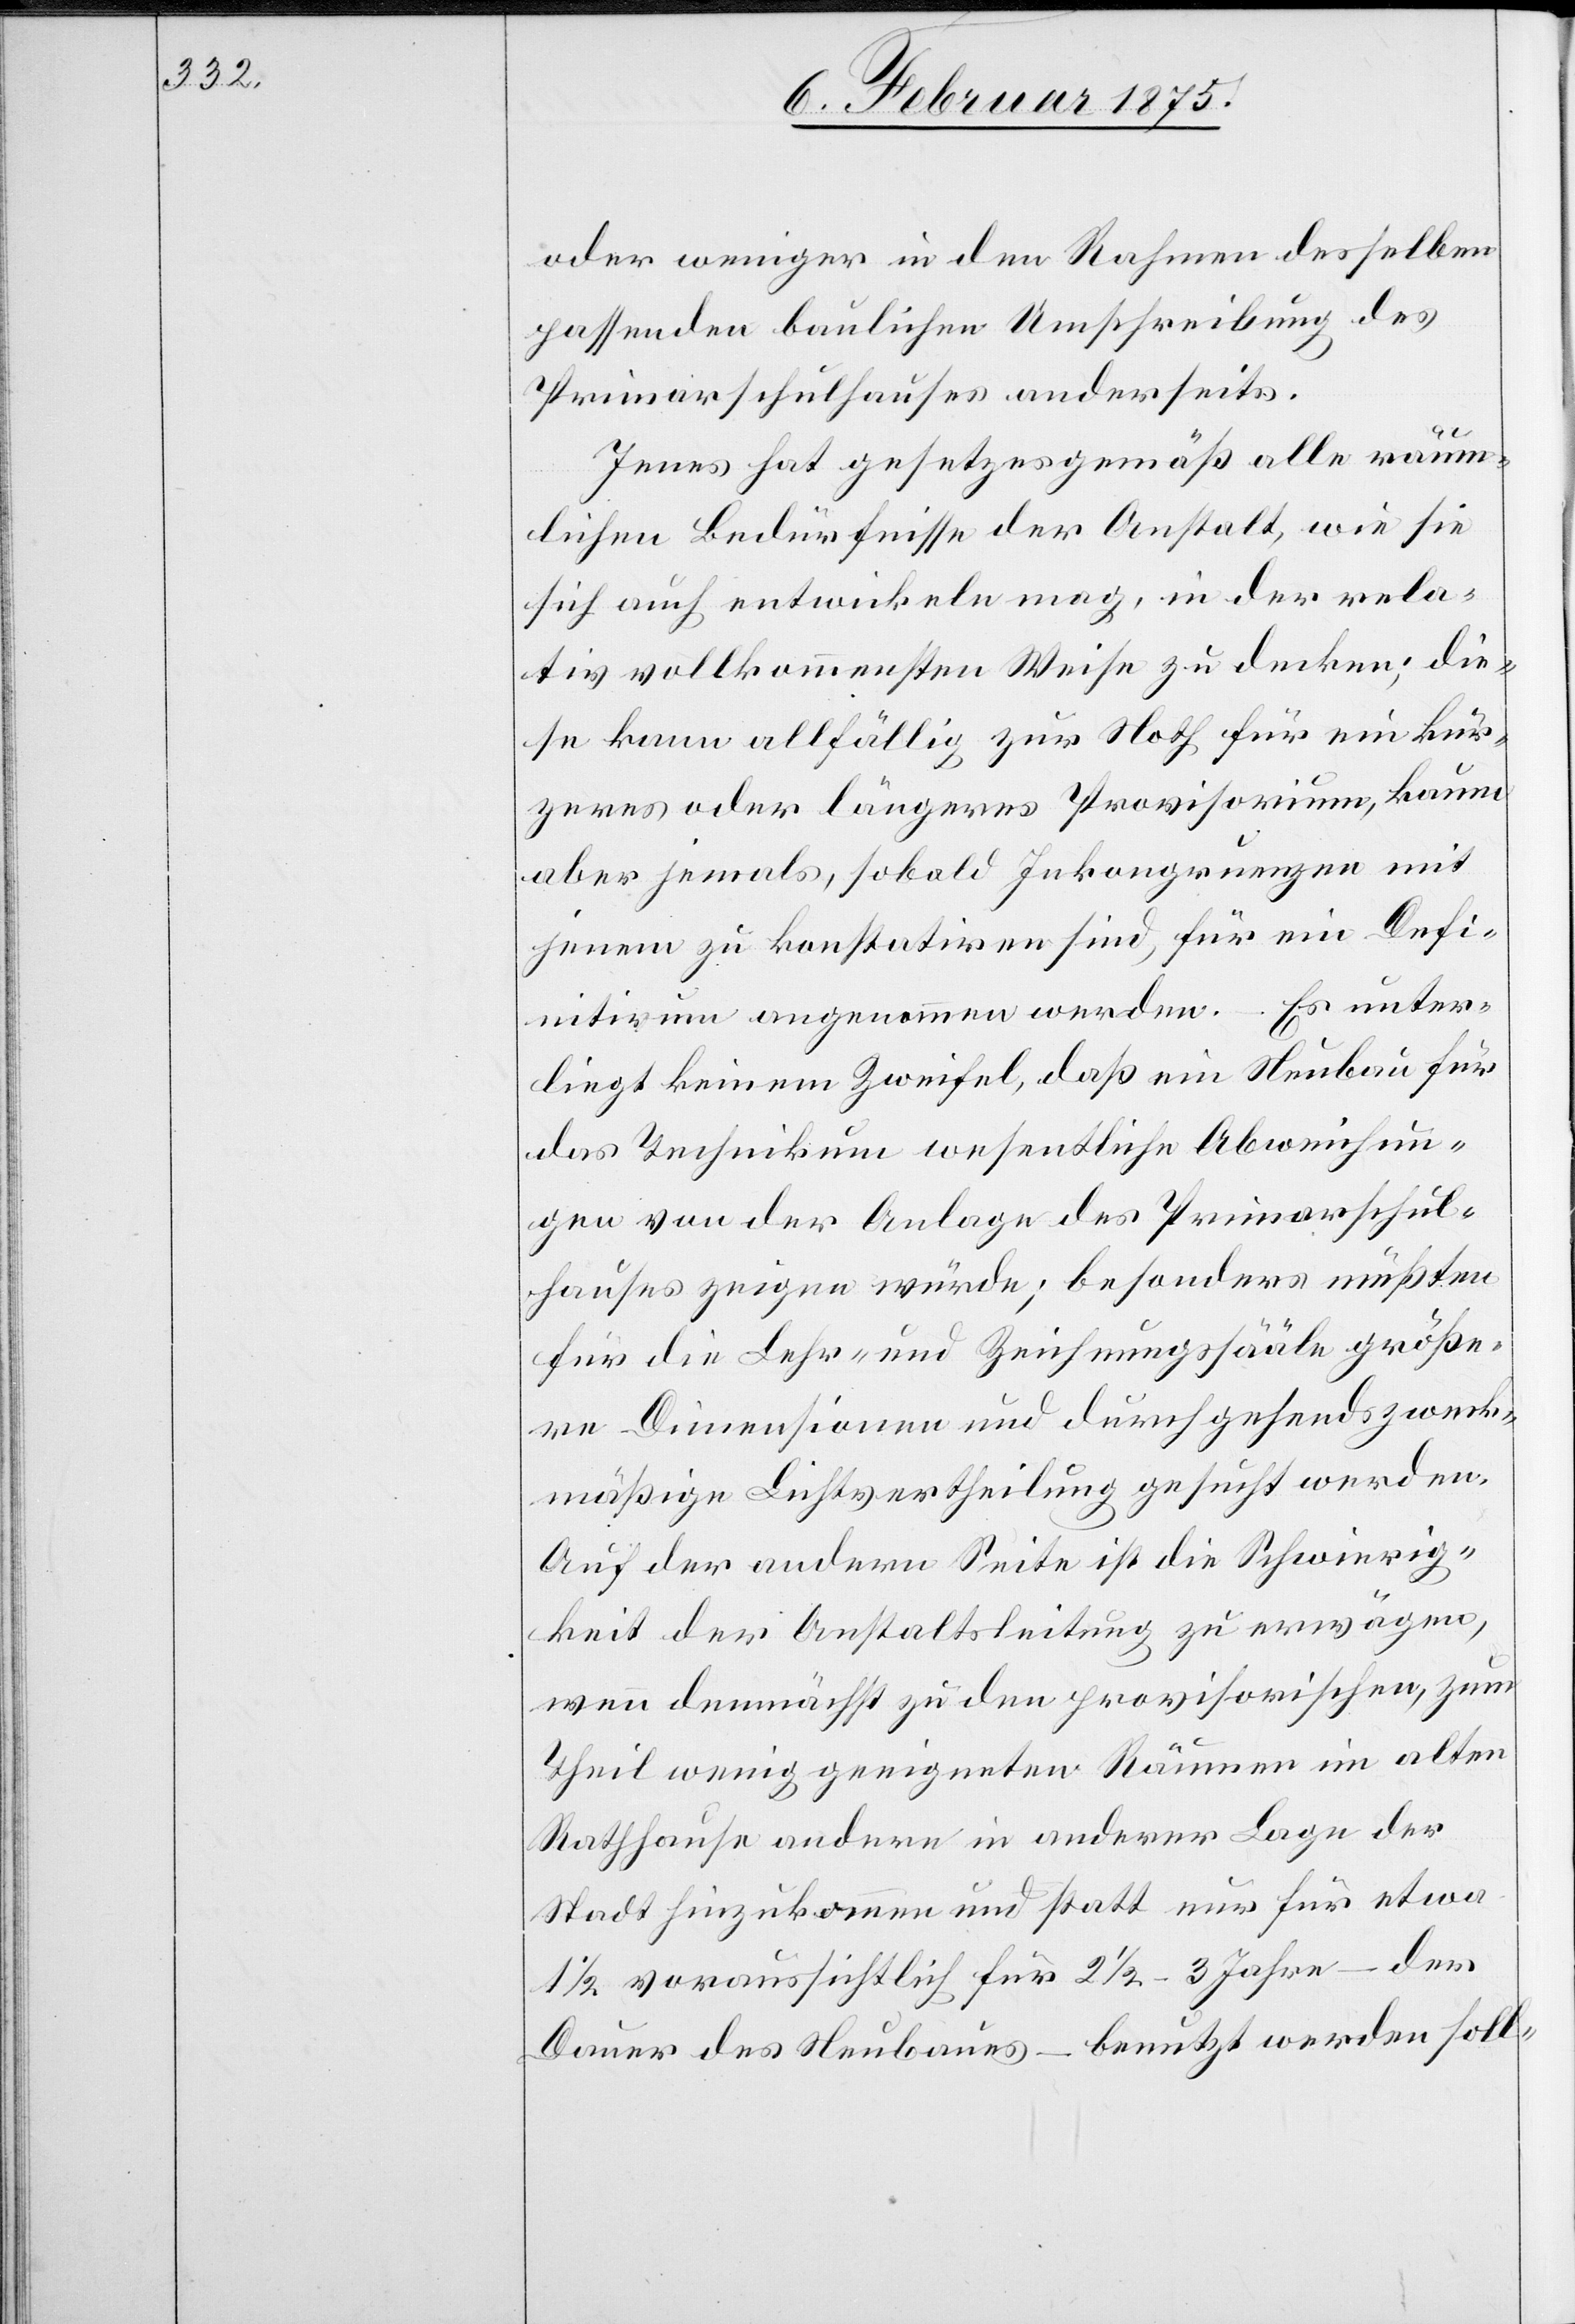
oder weniger in den Rahmen desselben
passenden baulichen Umschreibung des
Primarschulhauses anderseits.
Jenes hat gesetzgesgemäß alle räum¬
lichen Bedürfnisse der Anstalt, wie sie
sich auch entwickeln mag, in der rela¬
tiv vollkommensten Weise zu decken; die¬
se kann allfällig zur Noth für ein kür¬
zeres oder längeres Provisorium, kaum
aber jemals, sobald Inkongruenzen mit
jenem zu konstatiren sind, für ein Defi¬
nitivum angenommen werden. – Es unter¬
liegt keinem Zweifel, daß ein Neubau für
das Technikum wesentliche Abweichun¬
gen von der Anlage des Primarschul¬
hauses zeigen würde; besonders müßten
für die Lehr- und Zeichnungssääle größe¬
re Dimensionen und durchgehends zweck¬
mäßige Lichtvertheilung gesucht werden.
Auf der andern Seite ist die Schwierig¬
keit der Anstaltsleitung zu erwägen,
wenn demnächst zu den provisorischen, zum
Theil wenig geeigneten Räumen im alten
Rathhause andere in anderer Lage der
Stadt hinzukommen und statt nur für etwa
1/2 voraussichtlich für 2 1/2 3 Jahre – der
Dauer des Neubaues – benutzt werden soll-